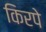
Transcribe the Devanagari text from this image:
किरपे